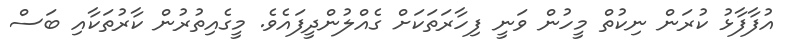
އުފާފާޅު ކުރަން ނިކުތް މީހުން ވަނީ ފިހާރަތަކަށް ގެއްލުންދީފައެވެ. މީގެއިތުރުން ކާރުތަކާއި ބަސް